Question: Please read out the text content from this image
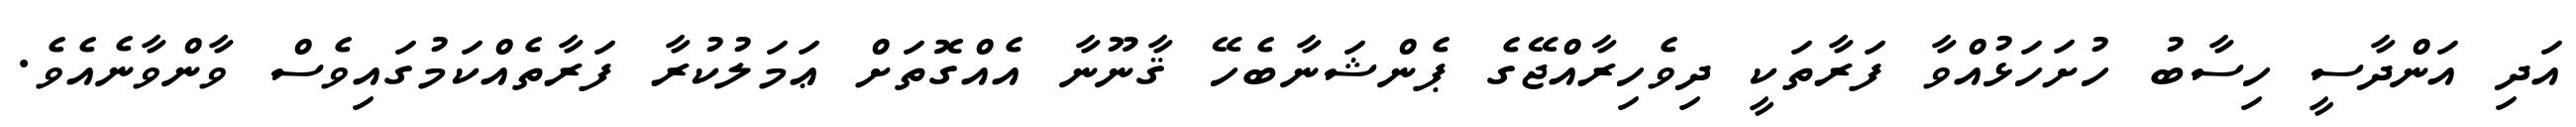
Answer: އަދި އަންދާސީ ހިސާބު ހުށަހަޅުއްވާ ފަރާތަކީ ދިވެހިރާއްޖޭގެ ޕެންޝަނާބެހޭ ޤާނޫނާ އެއްގޮތަށް ޢަމަލުކުރާ ފަރާތެއްކަމުގައިވެސް ވާންވާނެއެވެ.